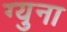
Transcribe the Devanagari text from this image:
ग्युना